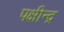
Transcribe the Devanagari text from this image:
पक्षीन्द्र